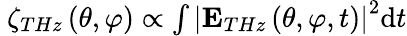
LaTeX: \begin{array}{r}{\ {\zeta_{THz}}\left({\theta,\varphi}\right)\propto\int{{\left|{{\mathbf{E}_{THz}}\left({\theta,\varphi,t}\right)}\right|^{2}}}\textrm{d}t}\end{array}